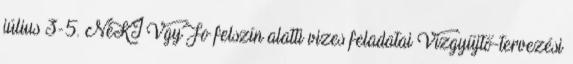
július 3-5. NeKI VgyFo felszín alatti vizes feladatai Vízgyűjtő-tervezési